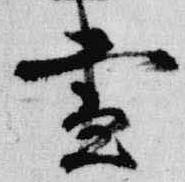
昼